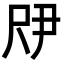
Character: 𫵗